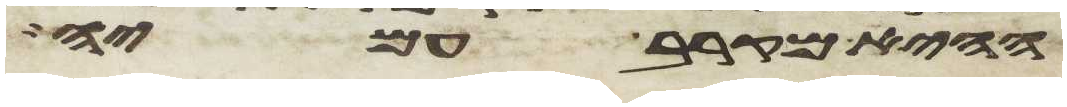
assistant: ההיא מקרב עמיה